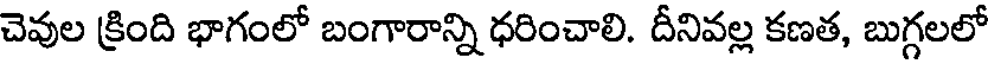
చెవుల క్రింది భాగంలో బంగారాన్ని ధరించాలి. దీనివల్ల కణత, బుగ్గలలో